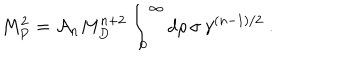
M _ { P } ^ { 2 } = { \cal A } _ { n } M _ { D } ^ { n + 2 } \int _ { 0 } ^ { \infty } d \rho \, \sigma \, \gamma ^ { ( n - 1 ) / 2 } ~ .